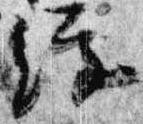
経